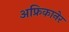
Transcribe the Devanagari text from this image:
अफ्रिकानेर